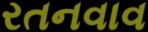
રતનવાવ